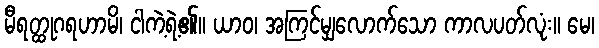
မီရတ္ထုဂရဟာမိ၊ ငါကဲ့ရဲ့၏။ ယာဝ၊ အကြင်မျှလောက်သော ကာလပတ်လုံး။ မေ၊